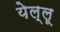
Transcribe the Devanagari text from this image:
येल्लू